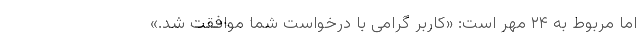
اما مربوط به ۲۴ مهر است: «کاربر گرامی با درخواست شما موافقت شد.»